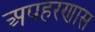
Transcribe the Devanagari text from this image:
अपहरणास